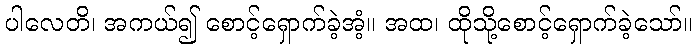
ပါလေတိ၊ အကယ်၍ စောင့်ရှောက်ခဲ့အံ့။ အထ၊ ထိုသို့စောင့်ရှောက်ခဲ့သော်။